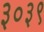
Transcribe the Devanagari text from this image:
३०३९